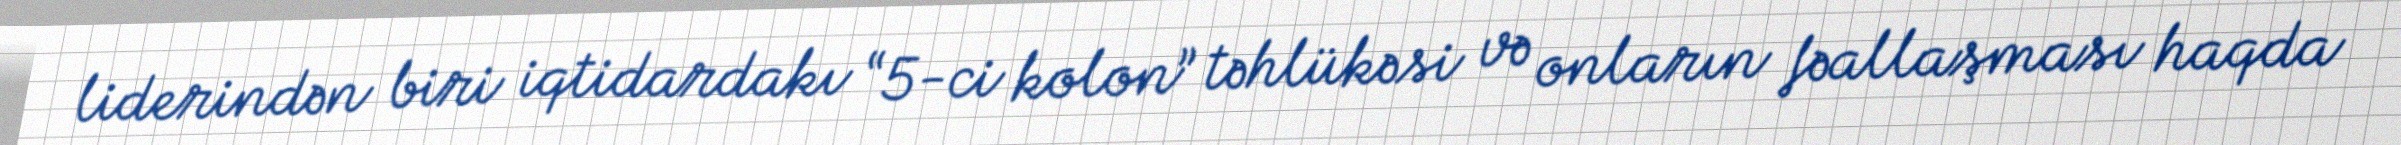
liderindən biri iqtidardakı “5-ci kolon” təhlükəsi və onların fəallaşması haqda